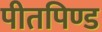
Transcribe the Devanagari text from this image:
पीतपिण्ड